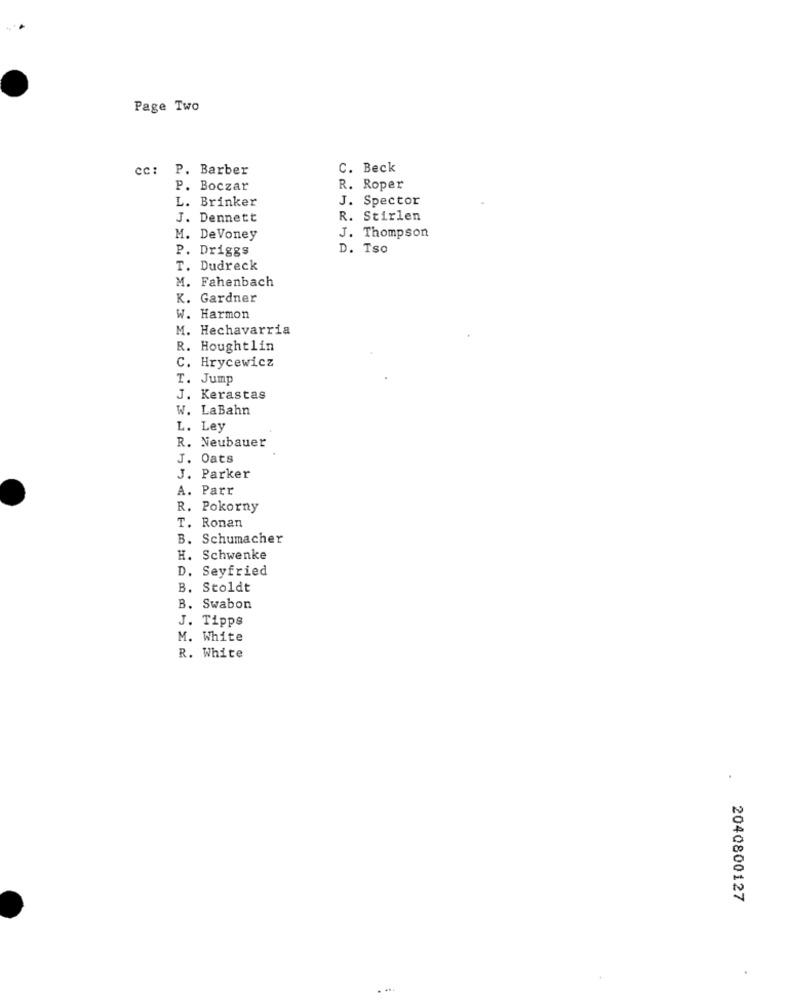
Page Two
P. Barber
C. Beck
P. Boczar
R. Roper
L. Brinker
J. Spector
J. Dennett
R. Stirlen
M. De Voney
J. Thompson
P. Driggs
D. Tso
T. Dudreck
M. Fahenbach
K. Gardner
W. Harmon
M. Hechavarria
R. Houghtlin
C. Hrycewicz
T. Jump
J. Kerastas
W. LaBahn
L. Ley
R. Neubauer
J. Oats
J. Parker
A. Parr
R. Pokorny
T. Ronan
B. Schumacher
H. Schwenke
D. Seyfried
B. Stoldt
B. Swabon
J. Tipps
M. White
R. White
.
2040800127